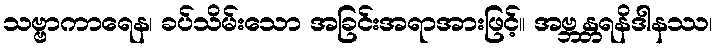
သဗ္ဗာကာရေန၊ ခပ်သိမ်းသော အခြင်းအရာအားဖြင့်။ အဗ္ဘန္တရနိဒါနဿ၊